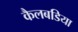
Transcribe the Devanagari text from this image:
कैलबडिया